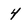
Character: 4